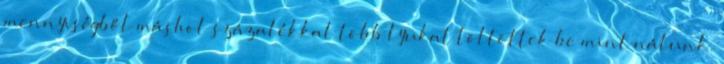
mennyiségből máshol százalékkal több lyukat töltöttek be mint nálunk.